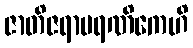
ဇာတိဇရာမရဏိကေဟိ